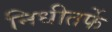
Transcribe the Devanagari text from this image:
निधीतर्फे